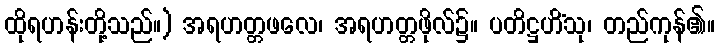
ထိုရဟန်းတို့သည်။) အရဟတ္တဖလေ၊ အရဟတ္တဖိုလ်၌။ ပတိဋ္ဌဟိံသု၊ တည်ကုန်၏။